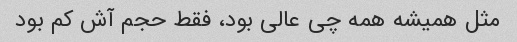
مثل همیشه همه چی عالی بود، فقط حجم آش کم بود